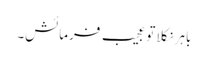
باہر نکلا تو عجیب فرمائش۔